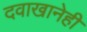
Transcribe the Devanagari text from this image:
दवाखानेही